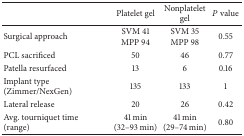
<table><thead><tr><td>[EMPTY_CELL]</td><td><b>Platelet gel</b></td><td><b>Nonplatelet gel</b></td><td><b><i>P</i> value</b></td></tr></thead><tbody><tr><td>Surgical approach</td><td>SVM 41MPP 94</td><td>SVM 35MPP 98</td><td>0.55</td></tr><tr><td>PCL sacrificed</td><td>50</td><td>46</td><td>0.77</td></tr><tr><td>Patella resurfaced</td><td>13</td><td>6</td><td>0.16</td></tr><tr><td>Implant type (Zimmer/NexGen)</td><td>135</td><td>133</td><td>1</td></tr><tr><td>Lateral release </td><td>20</td><td>26</td><td>0.42</td></tr><tr><td>Avg. tourniquet time (range)</td><td>41 min(32–93 min)</td><td>41 min(29–74 min)</td><td>0.80</td></tr></tbody></table>